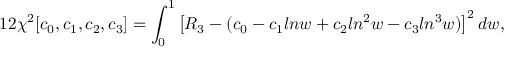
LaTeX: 1 2 \chi ^ { 2 } [ c _ { 0 } , c _ { 1 } , c _ { 2 } , c _ { 3 } ] = \int _ { 0 } ^ { 1 } \left[ R _ { 3 } - ( c _ { 0 } - c _ { 1 } l n w + c _ { 2 } l n ^ { 2 } w - c _ { 3 } l n ^ { 3 } w ) \right] ^ { 2 } d w ,